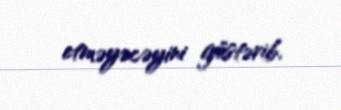
etməyəcəyini göstərib.